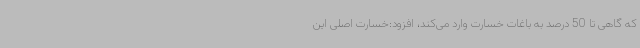
که گاهی تا 50 درصد به باغات خسارت وارد می‌کند، افزود:خسارت اصلی این